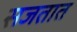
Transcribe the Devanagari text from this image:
सजतात